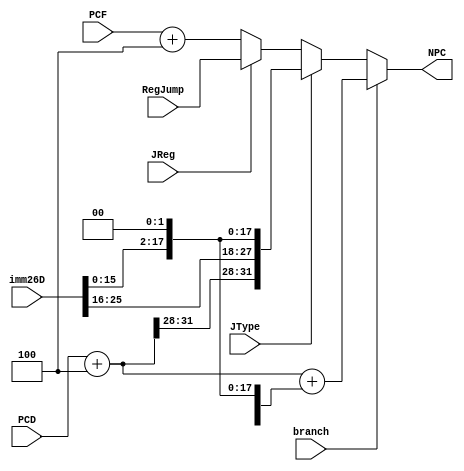
`timescale 1ns / 1ps
//////////////////////////////////////////////////////////////////////////////////
// Company: 
// Engineer: 
// 
// Design Name: 
// Module Name:    NPC 
// Project Name: 
// Target Devices: 
// Tool versions: 
// Description: 
//
// Dependencies: 
//
// Revision: 
// Revision 0.01 - File Created
// Additional Comments: 
//
//////////////////////////////////////////////////////////////////////////////////
module NPC(
    input branch,
    input JType,
    input JReg,
    input [31:0] PCF,
    input [31:0] PCD,
    input [25:0] imm26D,
    input [31:0] RegJump,
    output [31:0] NPC
    );
	wire [31:0] PCD4;
	assign PCD4 = PCD + 4;
	assign NPC =	(branch)? PCD + 4 + {{14{imm26D[15]}}, imm26D[15:0], 2'b0}:
					(JType)? {PCD4[31:28], imm26D, 2'b0}:
					(JReg)? RegJump:
					PCF + 4;		// default the PC + 4


endmodule